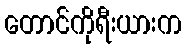
တောင်ကိုရီးယားက